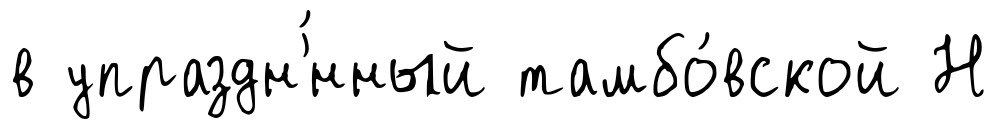
в упраздн'́нный тамбо́вской Н